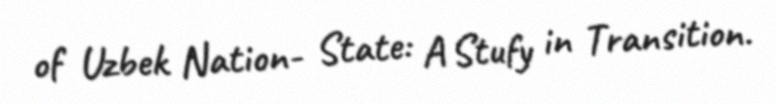
of Uzbek Nation- State: A Stufy in Transition.